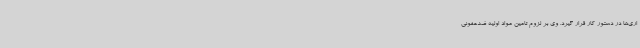
اری‌ها در دستور کار قرار گیرد. وی بر لزوم تامین مواد اولیه ضدعفونی